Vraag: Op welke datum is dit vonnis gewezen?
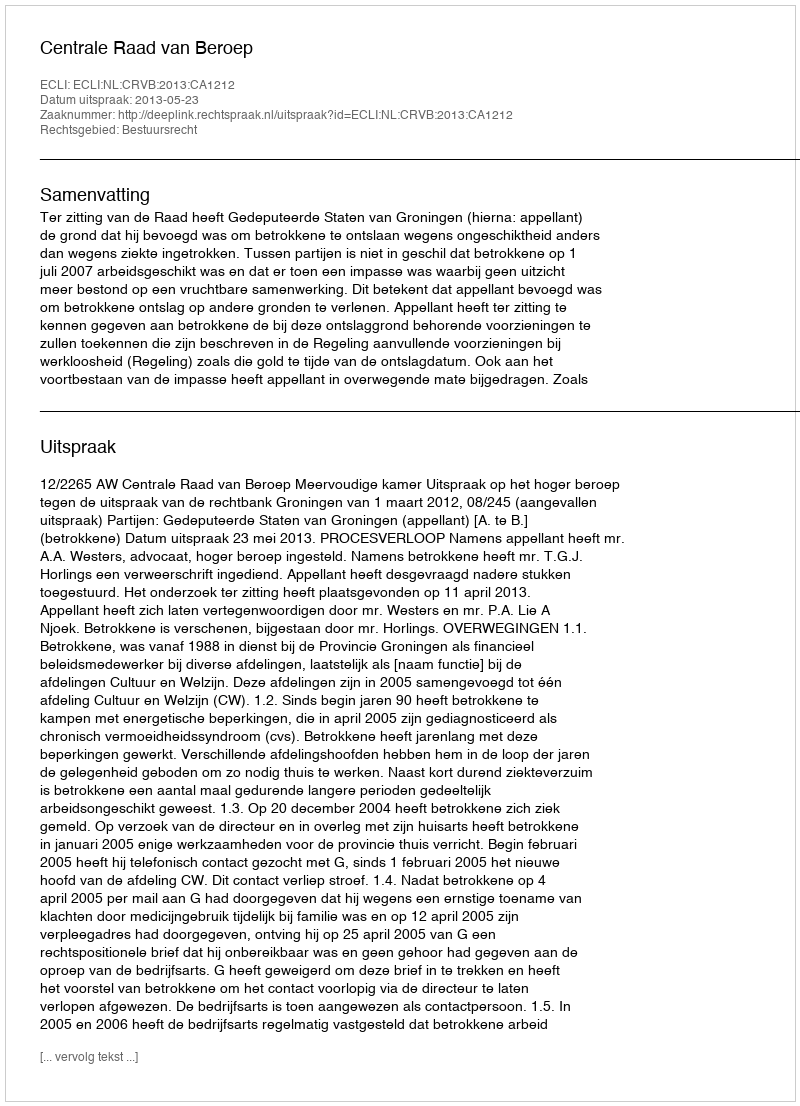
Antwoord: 2013-05-23